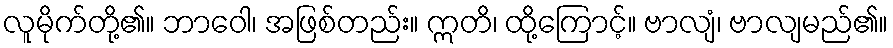
လူမိုက်တို့၏။ ဘာဝေါ၊ အဖြစ်တည်း။ ဣတိ၊ ထို့ကြောင့်။ ဗာလျံ၊ ဗာလျမည်၏။